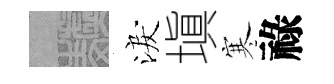
熙淚塡寒祿